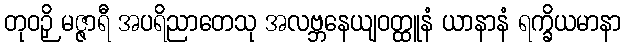
တုဝဉှိ မဇ္ဇာရီ အပရိညာတေသု အလဗ္ဘနေယျဝတ္ထူနံ ယာနာနံ ရက္ခိယမာနာ